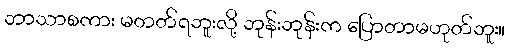
ဘာသာစကား မတတ်ရဘူးလို့ ဘုန်းဘုန်းက ပြောတာမဟုတ်ဘူး။